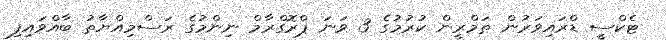
ޓެކްސީ ޑްރައިވަރުން ތަމްރީން ކުރުމުގެ 3 ވަނަ ޕްރޮގްރާމް ނިންމުގެ ރަސްމިއްޔާތު ބާއްވައިފި